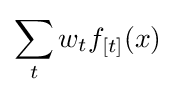
\sum _{t}w_{t}f_{[t]}(x)